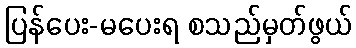
ပြန်ပေး-မပေးရ စသည်မှတ်ဖွယ်